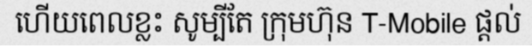
ហើយពេលខ្លះ សូម្បីតែ ក្រុមហ៊ុន T-Mobile ផ្តល់